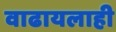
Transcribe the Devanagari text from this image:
वाढायलाही